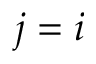
j = i